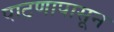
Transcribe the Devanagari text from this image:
पाटणापासून